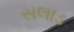
સલાડ